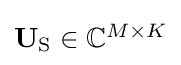
{\textstyle \mathbf {U} _{\mathrm {S} }\in \mathbb {C} ^{M\times K}}